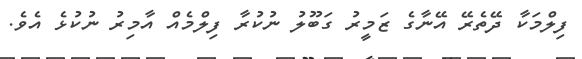
ފިލްމަކާ ދޭތެރޭ އޭނާގެ ޒަމީރު ގަބޫލު ނުކުރާ ފިލްމެއް އާމިރު ނުކުޅެ އެވެ.